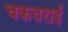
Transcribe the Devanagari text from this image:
चकतराई